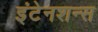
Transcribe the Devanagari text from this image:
इंटेनशन्स